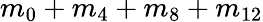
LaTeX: m_{0}+m_{4}+m_{8}+m_{12}